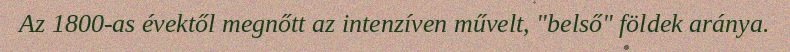
Az 1800-as évektől megnőtt az intenzíven művelt, "belső" földek aránya.